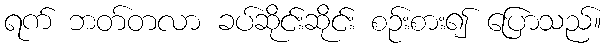
ရက် ဘတ်တလာ ခပ်ဆိုင်းဆိုင်း စဉ်းစား၍ ပြောသည်။